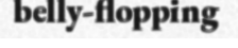
belly-flopping